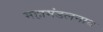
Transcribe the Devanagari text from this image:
महामंडलनाथ